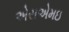
એસએમઇ